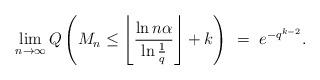
LaTeX: \begin{align*}\lim_{n\to\infty} Q\left(M_n \le \left\lfloor \frac{\ln n \alpha}{\ln \frac1q}\right\rfloor + k\right)\ =\ e^{-q^{k-2}}.\end{align*}